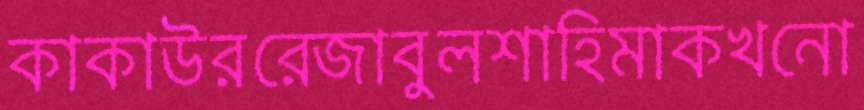
কাকাউররেজাবুলশাহিমাকখনো